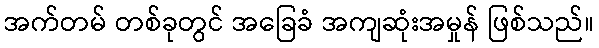
အက်တမ် တစ်ခုတွင် အခြေခံ အကျဆုံးအမှုန် ဖြစ်သည်။